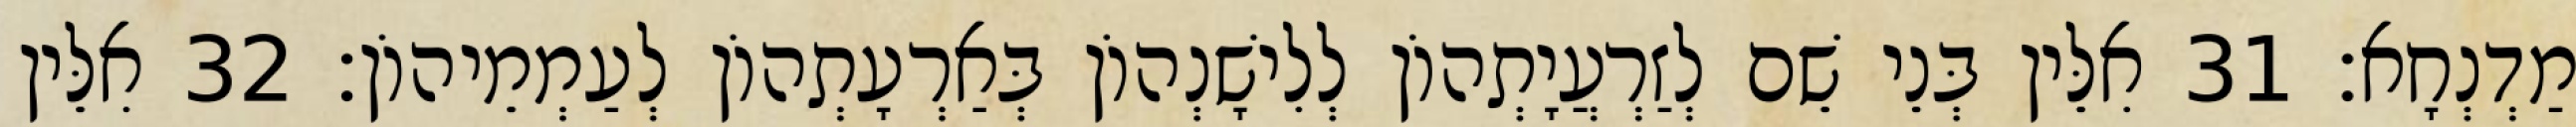
מַדְנְחָא׃ 31 אִלֵּין בְּנֵי שֵׁם לְזַרְעֲיָתְהוֹן לְלִישָׁנְהוֹן בְּאַרְעָתְהוֹן לְעַמְמֵיהוֹן׃ 32 אִלֵּין